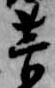
菅